On the action of the venoms of the cobra (Naja tripudians) and of the daboia (Daboia russellii) on the red blood corpuscles and on the blood plasma - Number 4
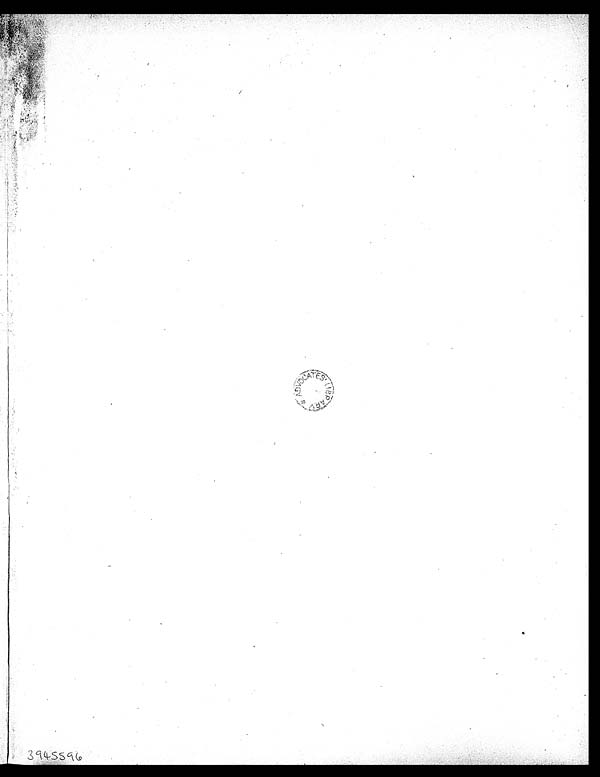
A D V O C A T E S L I B R A R Y .